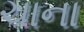
ચાના